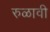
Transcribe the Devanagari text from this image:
रुळावी